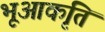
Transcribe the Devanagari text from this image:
भूआकृति